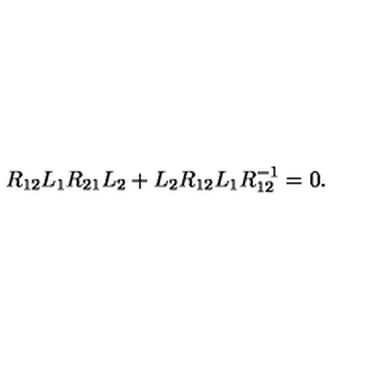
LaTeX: R _ { 1 2 } L _ { 1 } R _ { 2 1 } L _ { 2 } + L _ { 2 } R _ { 1 2 } L _ { 1 } R _ { 1 2 } ^ { - 1 } = 0 .